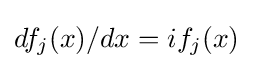
df_{j}(x)/dx=if_{j}(x)